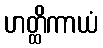
ဟတ္ထိကာယံ